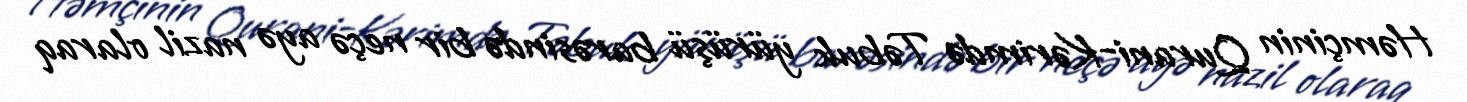
Həmçinin Qurani-Kərimdə Təbuk yürüşü barəsində bir neçə ayə nazil olaraq